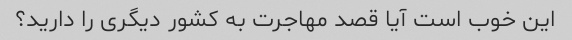
این خوب است آیا قصد مهاجرت به کشور دیگری را دارید؟